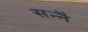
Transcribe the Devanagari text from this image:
सन्नै